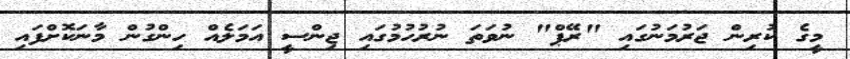
މީގެ ކުރިން ޖަރުމަނުގައި "ރޭޕް" ނުވަތަ ނުރުހުމުގައި ޖިންސީ އަމަލެއް ހިންގުން މާނަކޮށްފައި